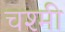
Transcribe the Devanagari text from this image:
चश्मी